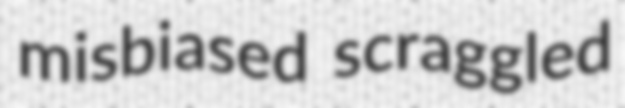
misbiased scraggled